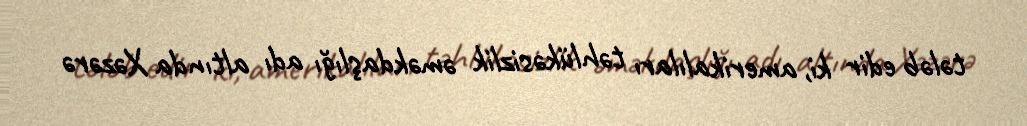
tələb edir ki, amerikalıları təhlükəsizlik əməkdaşlığı adı altında Xəzərə